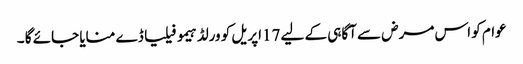
عوام کو اس مرض سے آگاہی کے لیے 17اپریل کو ورلڈ ہیمو فیلیا ڈے منایا جائے گا ۔